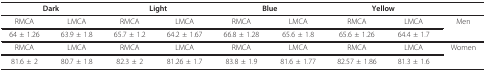
<table><thead><tr><td colspan="2"><b>Dark</b></td><td colspan="2"><b>Light</b></td><td colspan="2"><b>Blue</b></td><td colspan="2"><b>Yellow</b></td><td></td></tr></thead><tbody><tr><td>RMCA</td><td>LMCA</td><td>RMCA</td><td>LMCA</td><td>RMCA</td><td>LMCA</td><td>RMCA</td><td>LMCA</td><td>Men</td></tr><tr><td>64 ± 1.26</td><td>63.9 ± 1.8</td><td>65.7 ± 1.2</td><td>64.2 ± 1.67</td><td>66.8 ± 1.28</td><td>65.6 ± 1.8</td><td>65.6 ± 1.26</td><td>64.4 ± 1.7</td><td></td></tr><tr><td>RMCA</td><td>LMCA</td><td>RMCA</td><td>LMCA</td><td>RMCA</td><td>LMCA</td><td>RMCA</td><td>LMCA</td><td>Women</td></tr><tr><td>81.6 ± 2</td><td>80.7 ± 1.8</td><td>82.3 ± 2</td><td>81.26 ± 1.7</td><td>83.8 ± 1.9</td><td>81.6 ± 1.77</td><td>82.57 ± 1.86</td><td>81.3 ± 1.6</td><td></td></tr></tbody></table>